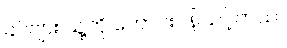
ခင်ဗျား သူ့ကို တောင်းပန်သင့်တယ်။